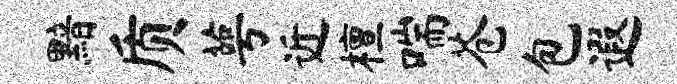
黯质萼近檀喘苍包遐